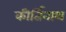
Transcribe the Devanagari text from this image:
कीर्तिनाथ